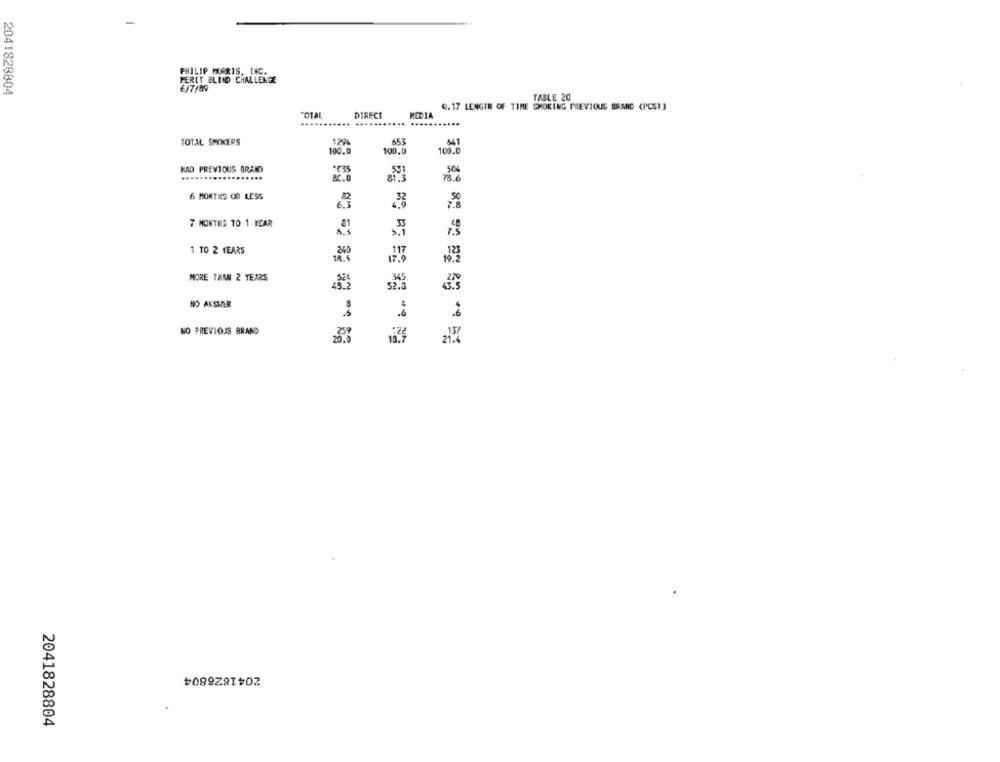
PHILIP HUPRIS, INC.
PERET BLIND CHALLENGE
2041828804
6/7/89
TABLE 20
Q.17 LENGTH OF TIME SMOKING PREVIOUS BRAND (PCSI)
"OTAL
DIRECI
MEDIA
TOTAL SMOKERS
1294
653
641
100.0
100.0
100.
HAD PREVIOUS BRAND
BC. O
78.6
6 MONTHS OR LESS
7.8
7 MONTHS TO 1 YEAR
1 TO 2 TEARS
240
18.5
MORE THAN 2 YEARS
345
NO AKSLER
NO PREVIOUS BRAND
2041828804
2041828804